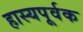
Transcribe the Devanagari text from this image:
हास्यपूर्वक